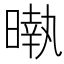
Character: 𣊎